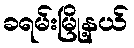
ခရမ်းမြို့နယ်